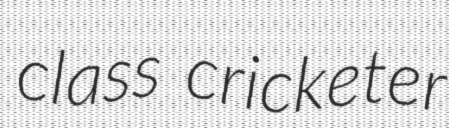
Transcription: class cricketer